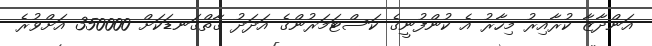
އަންދާޒާ ކުރާއިރު މިހާރު އެ ކުންފުނީގެ ކަސްޓަމަރުންގެ އަދަދު ގާތްގަނޑަކަށް 350000 އަށްވުރެ